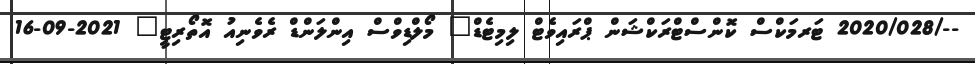
--/2020/028 ޓަރމަކްސް ކޮންސްޓްރަކްޝަން ޕްރައިވެޓް ލިމިޓެޑް	 މޯލްޑިވްސް އިންލަންޑް ރެވެނިއު އޮތޯރިޓީ	 2021-09-16